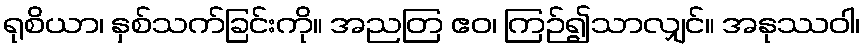
ရုစိယာ၊ နှစ်သက်ခြင်းကို။ အညတြ ဧဝ၊ ကြဉ်၍သာလျှင်။ အနုဿဝါ၊